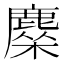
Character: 𬸿